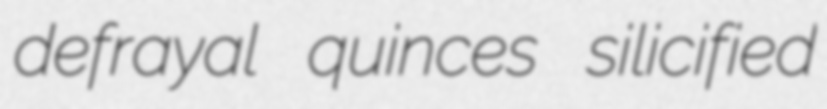
defrayal quinces silicified